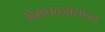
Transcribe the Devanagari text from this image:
विमानतळांसोबत